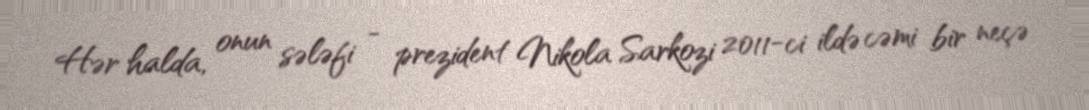
Hər halda, onun sələfi - prezident Nikola Sarkozi 2011-ci ildə cəmi bir neçə